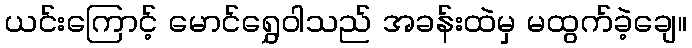
ယင်းကြောင့် မောင်ရွှေဝါသည် အခန်းထဲမှ မထွက်ခဲ့ချေ။